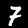
Label: 7